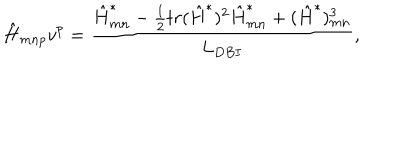
\hat { H } _ { m n p } v ^ { p } = { \frac { \hat { H } _ { m n } ^ { * } - { \frac { 1 } { 2 } } t r ( \hat { H } ^ { * } ) ^ { 2 } \hat { H } _ { m n } ^ { * } + ( \hat { H } ^ { * } ) _ { m n } ^ { 3 } } { L _ { D B I } } } ,